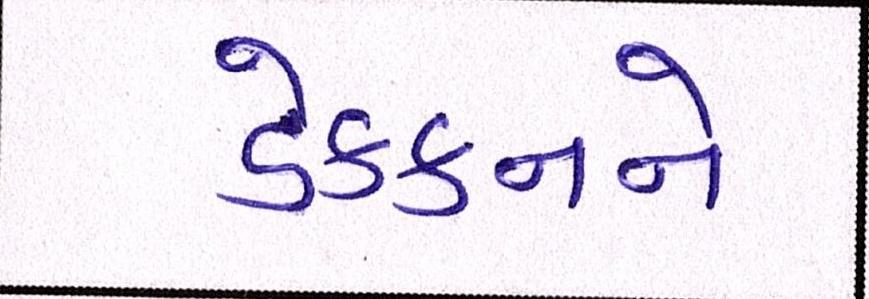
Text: ડેક્કનને